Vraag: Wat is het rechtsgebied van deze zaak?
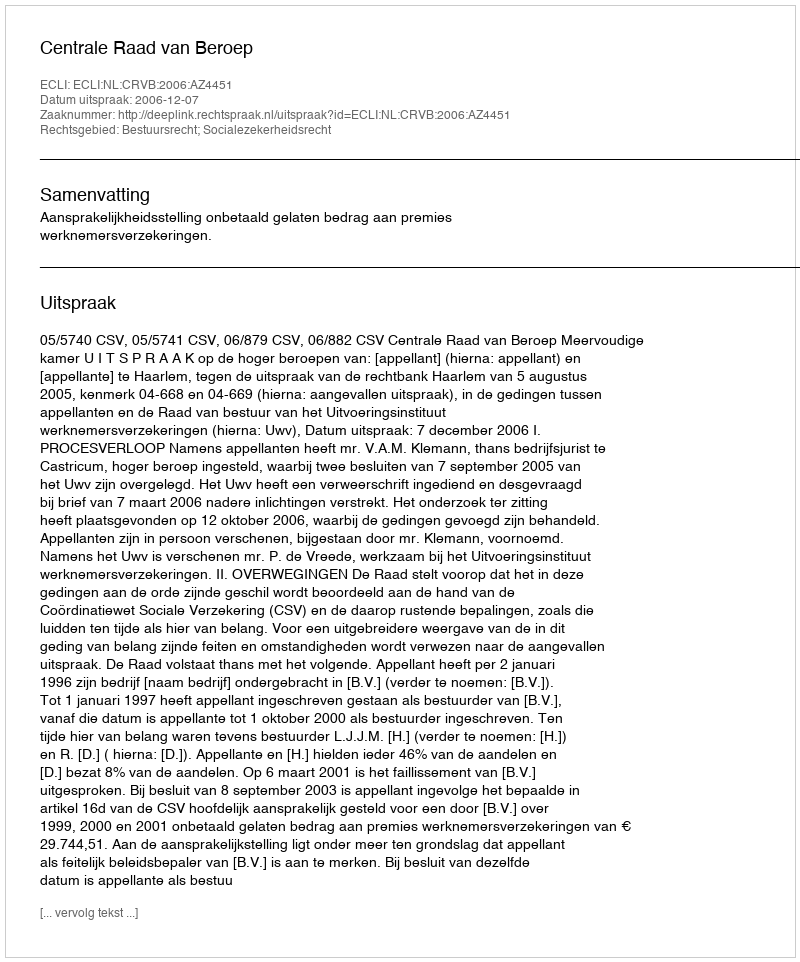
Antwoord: Bestuursrecht; Socialezekerheidsrecht